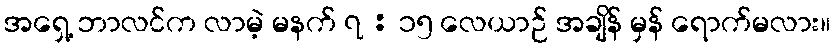
အရှေ့ ဘာလင်က လာမဲ့ မနက် ၇ : ၁၅ လေယာဉ် အချိန် မှန် ရောက်မလား။